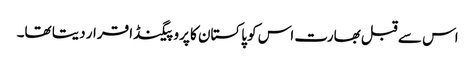
اس سے قبل بھارت اس کو پاکستان کا پروپیگنڈا قرار دیتا تھا۔